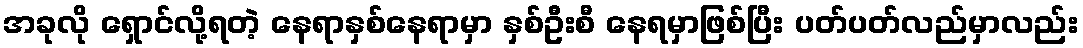
အခုလို ရှောင်လို့ရတဲ့ နေရာနှစ်နေရာမှာ နှစ်ဦးစီ နေရမှာဖြစ်ပြီး ပတ်ပတ်လည်မှာလည်း